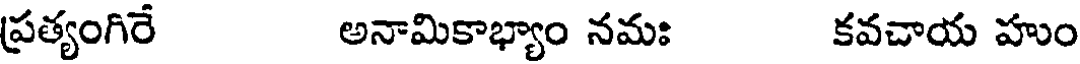
ప్రత్యంగిరే అనామికాభ్యాం నమః కవచాయ హుం